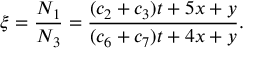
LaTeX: \xi = \frac { N _ { 1 } } { N _ { 3 } } = \frac { ( c _ { 2 } + c _ { 3 } ) t + 5 x + y } { ( c _ { 6 } + c _ { 7 } ) t + 4 x + y } .